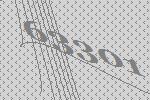
63301